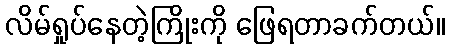
လိမ်ရှုပ်နေတဲ့ကြိုးကို ဖြေရတာခက်တယ်။